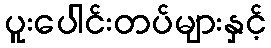
ပူးပေါင်းတပ်များနှင့်